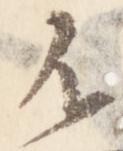
不